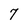
Character: 7